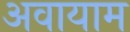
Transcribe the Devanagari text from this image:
अवायाम